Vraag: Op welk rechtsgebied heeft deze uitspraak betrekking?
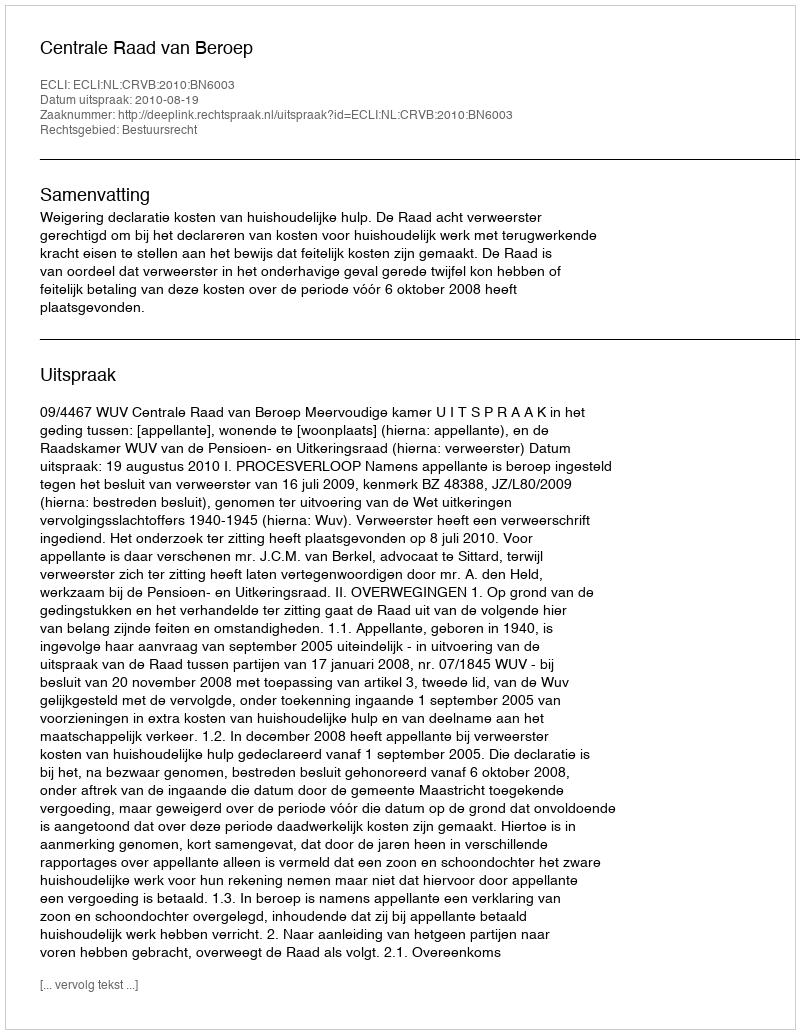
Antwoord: Bestuursrecht